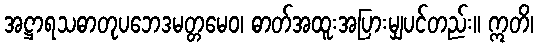
အဋ္ဌာရသဓာတုပဘေဒမတ္တမေဝ၊ ဓာတ်အထူးအပြားမျှပင်တည်း။ ဣတိ၊